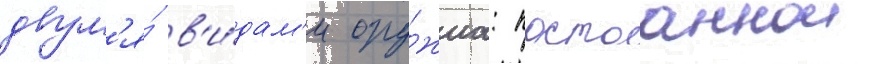
двум'я́ в'и́дам'и ору́жиа: постоаннои